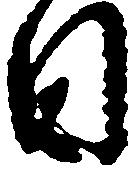
日